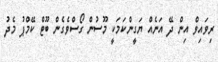
ރިވައިވް އިން ދޭ އަނެއް ޔަގީންކަމަކީ މޫސުން ގޯސްވެގެން ބޫޓް ކޭމްޕު މެދު